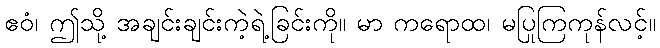
ဧဝံ၊ ဤသို့ အချင်းချင်းကဲ့ရဲ့ခြင်းကို။ မာ ကရောထ၊ မပြုကြကုန်လင့်။